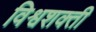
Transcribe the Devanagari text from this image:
विश्वशक्ती